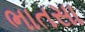
ભાતસા